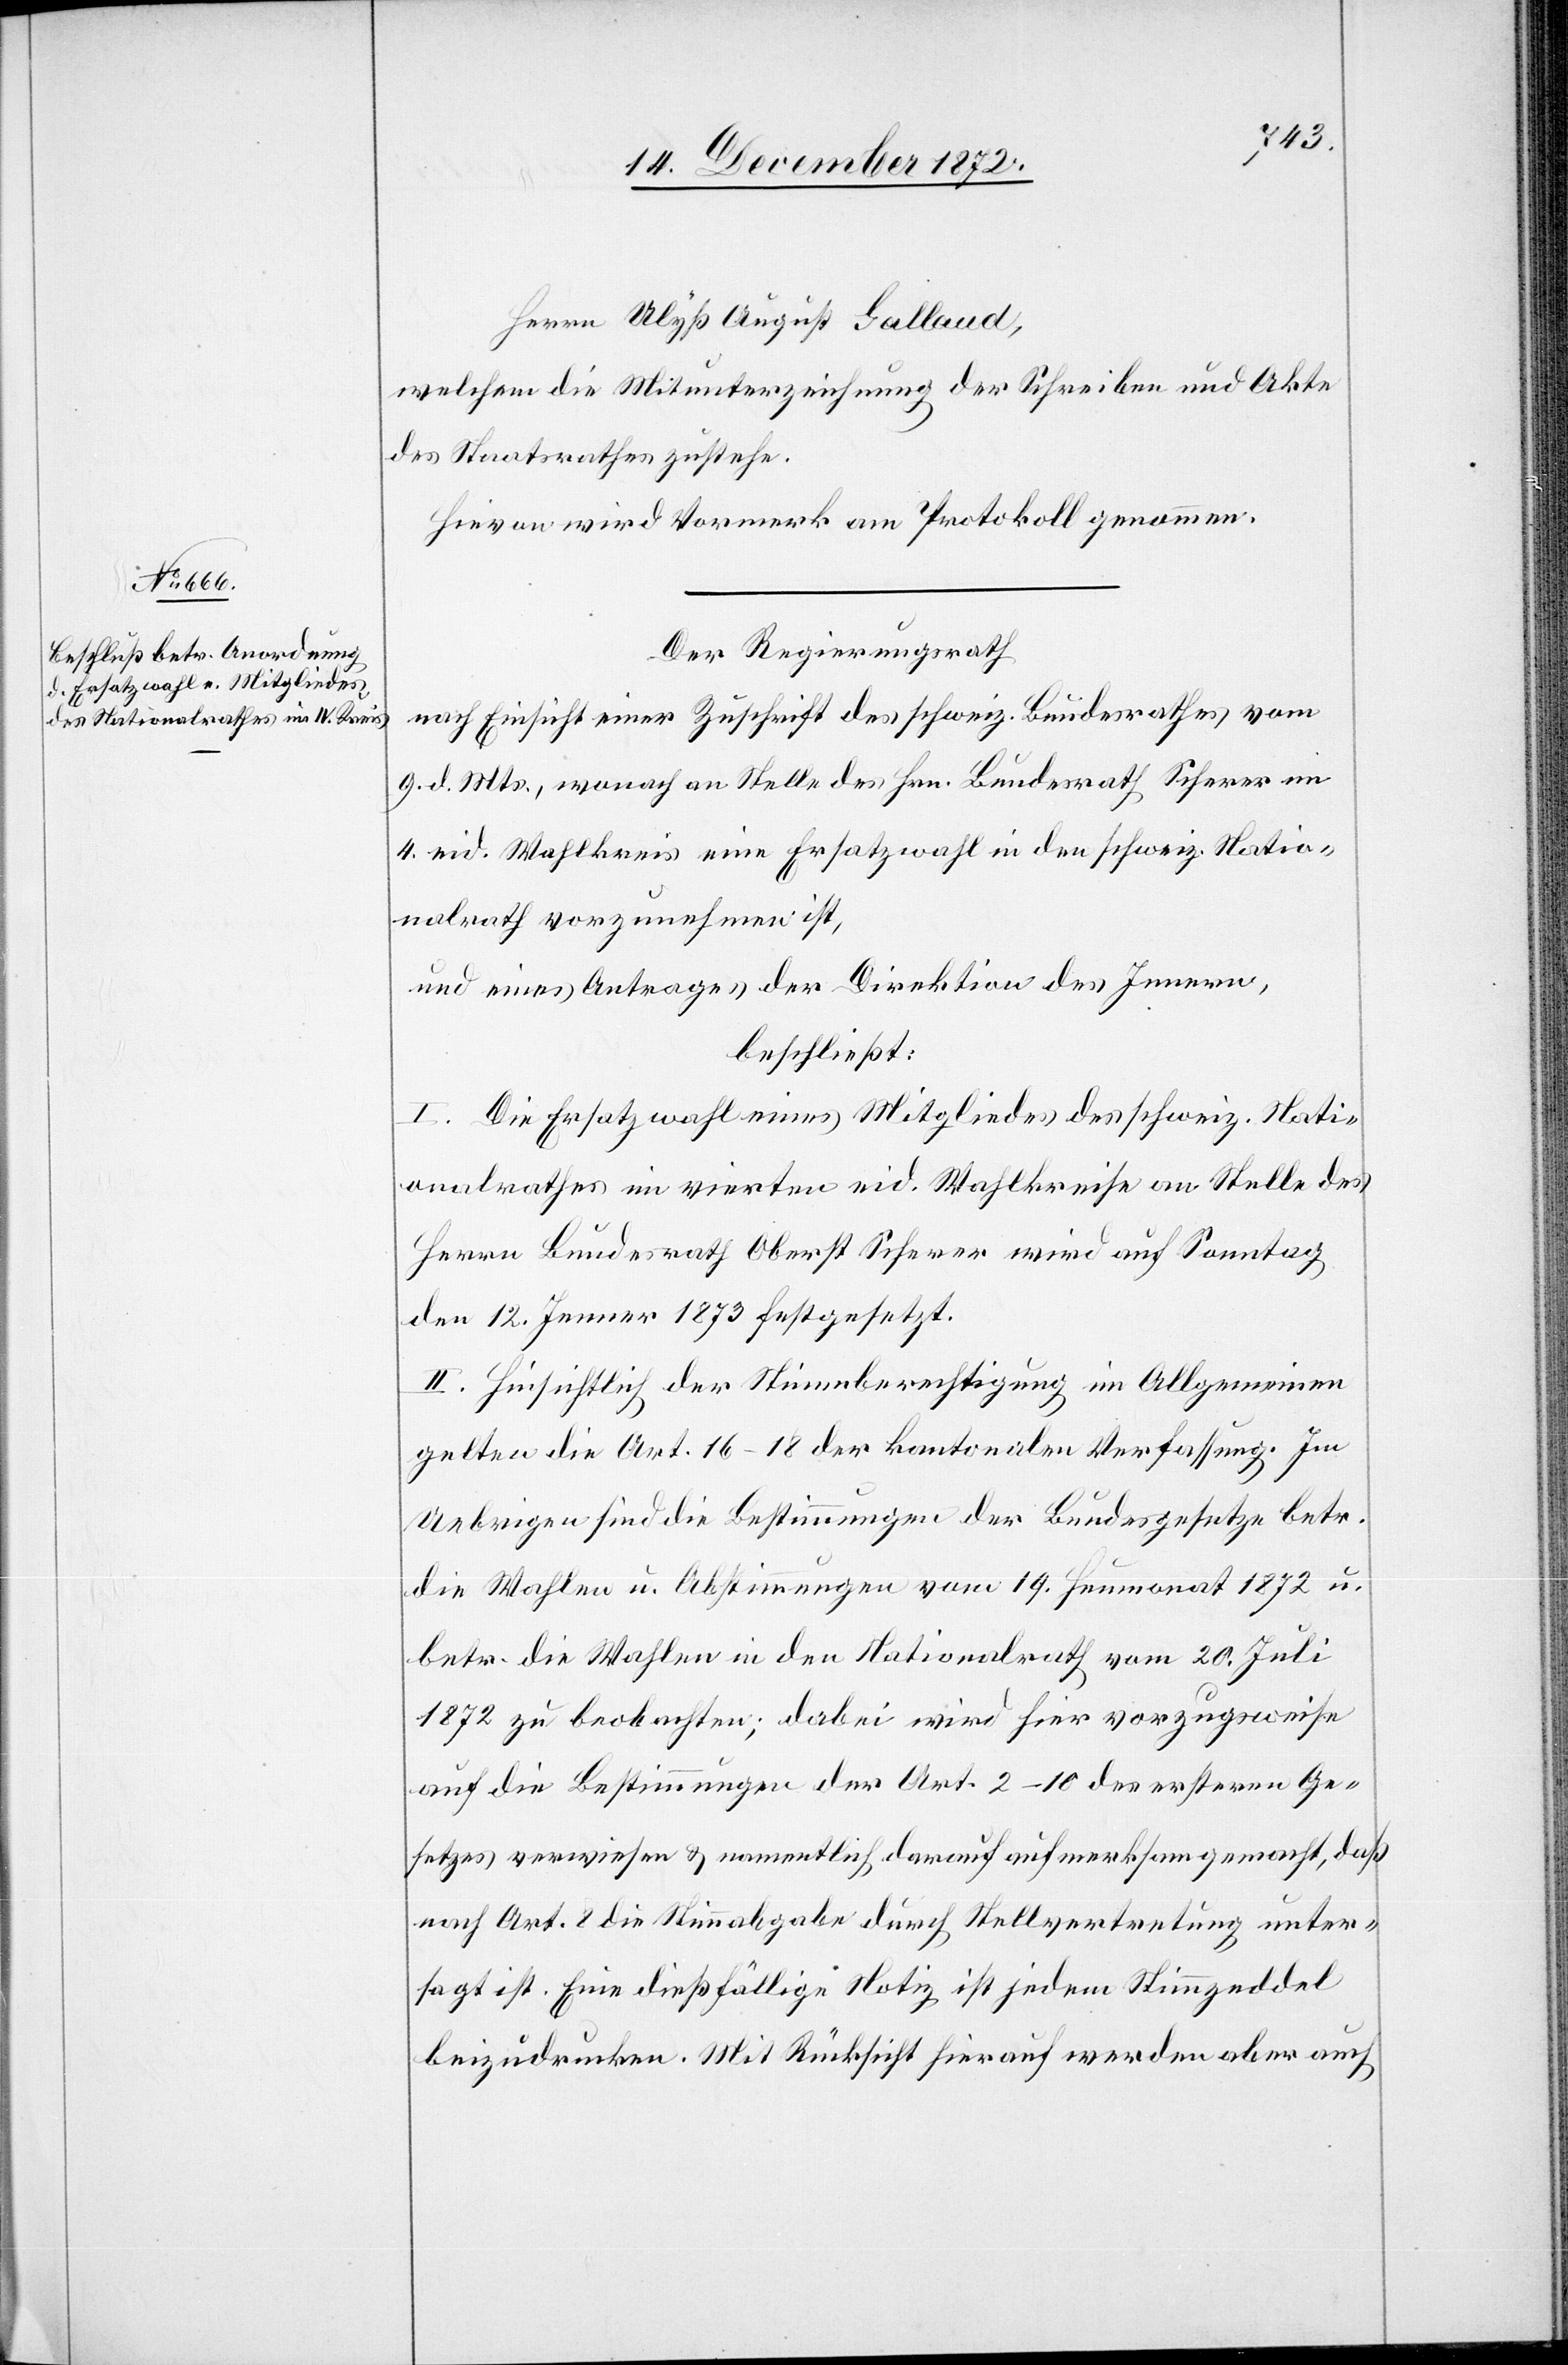
Herrn Ulyß August Gallaud,
welchem die Mitunterzeichnung der Schreiben und Akte
des Staatsrathes zustehe.
Hievon wird Vormerk am Protokoll genommen.
Der Regierungsrath
nach Einsicht einer Zuschrift des schweiz. Bundesrathes vom
9. d. Mts., wonach an Stelle des Hrn. Bundesrath Scherer im
4. eid. Wahlkreis eine Ersatzwahl in den schweiz. Natio¬
nalrath vorzunehmen ist,
und eines Antrages der Direktion des Innern,
beschließt:
I. Die Ersatzwahl eines Mitgliedes des schweiz. Nati¬
onalrathes im vierten eid. Wahlkreise an Stelle des
Herrn Bundesrath Oberst Scherer wird auf Sonntag
den 12. Jenner 1873 festgesetzt.
II. Hinsichtlich der Stimmberechtigung im Allgemeinen
gelten die Art. 16–18 der kantonalen Verfassung. Im
Uebrigen sind die Bestimmungen der Bundesgesetze betr.
die Wahlen u. Abstimmungen vom 19. Heumonat 1872 u.
betr. die Wahlen in den Nationalrath vom 20. Juli
1872 zu beobachten; dabei wird hier vorzugsweise
auf die Bestimmungen der Art. 2–10 des ersteren Ge¬
setzes verwiesen u. namentlich darauf aufmerksam gemacht, daß
nach Art. 8 die Stimmabgabe durch Stellvertretung unter¬
sagt ist. Eine dießfällige Notiz ist jedem Stimmzeddel
beizudrucken. Mit Rücksicht hierauf werden aber auch